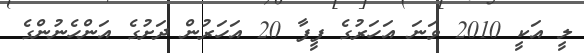
ލީ އަކީ 2010 ވަނަ އަހަރުގެ ފީފާ 20 އަހަރުން ދަށުގެ އަންހެނުންގެ